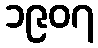
၁၉၀၇